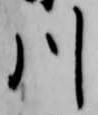
川